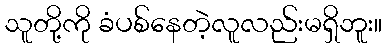
သူတို့ကို ခံပစ်နေတဲ့လူလည်းမရှိဘူး။